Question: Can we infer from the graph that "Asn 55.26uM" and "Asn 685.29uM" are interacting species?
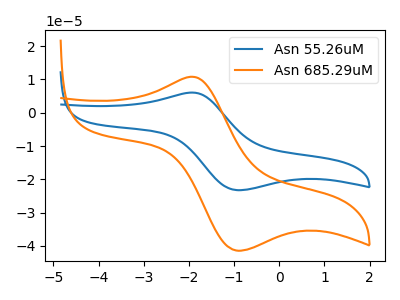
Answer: <think>The blue curve "Asn 55.26uM" has an anodic peak at (-1.95V, 6.05uA) and a cathodic peak at (-0.95V, -23.25uA). The orange curve "Asn 685.29uM" has an anodic peak at (-1.95V, 10.80uA) and a cathodic peak at (-0.95V, -41.40uA).
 All the peaks in "Asn 55.26uM" have a peak in "Asn 685.29uM" at the same potential. Every peak in "Asn 55.26uM" is lower than every peak in "Asn 685.29uM".</think>
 <answer>No, "Asn 55.26uM" and "Asn 685.29uM" don't appear to be significantly different in shape</answer>
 <eval>no_change</eval>